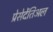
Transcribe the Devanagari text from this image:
प्रेसेदेंतिअल